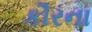
કૌરના